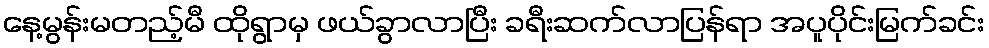
နေ့မွန်းမတည့်မီ ထိုရွာမှ ဖယ်ခွာလာပြီး ခရီးဆက်လာပြန်ရာ အပူပိုင်းမြက်ခင်း